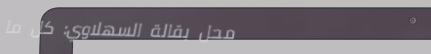
محل بقالة السهلاوي: كل ما